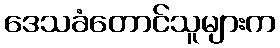
ဒေသခံတောင်သူများက